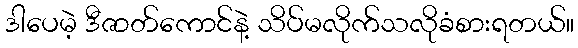
ဒါပေမဲ့ ဒီဇာတ်ကောင်နဲ့ သိပ်မလိုက်သလိုခံစားရတယ်။